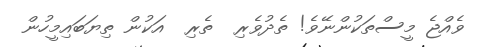
ވެއްޖެ މީސްތަކުންނޭވެ! ތެދުވެރި  ތެރި  އަކުން ތިޔަބައިމީހުން